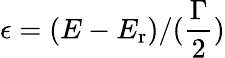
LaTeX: \epsilon=(E-E_{\mathrm{r}})/(\frac{\Gamma}{2})